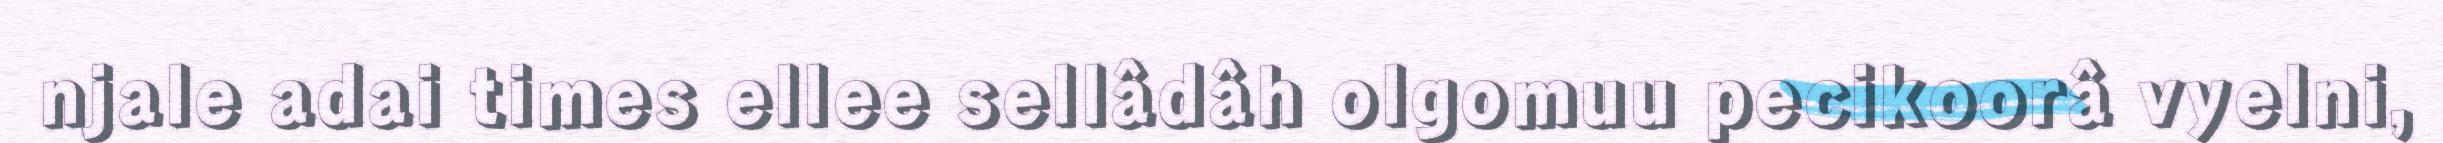
njale adai times ellee sellâdâh olgomuu pecikoorâ vyelni,